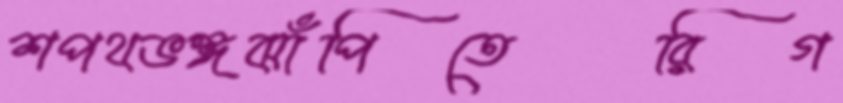
শপথভঙ্গঝাঁপিতেরিগ